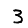
Digit: 3